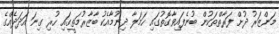
މަންޒަރު ދުށް ފަރާތްތަކުން ބުނެފައިވާގޮތުގައި ހަމަލާ ދިނުމާއެކު ބާޒާރުމަތީގައި ހުރި ގިނަ އަދަދެއްގެ